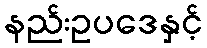
နည်းဥပဒေနှင့်